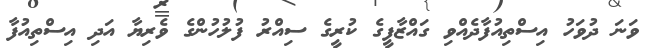
ވަނަ ދުވަހު އިސްތިއުފާދެއްވި ގައްޒާފީގެ ކުރީގެ ސިއްރު ފުލުހުންގެ ވެރިޔާ އަދި އިސްތިއުފާ